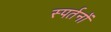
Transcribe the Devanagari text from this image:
स्पर्तनों